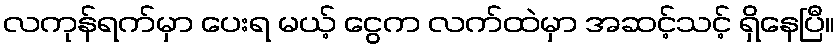
လကုန်ရက်မှာ ပေးရ မယ့် ငွေက လက်ထဲမှာ အဆင့်သင့် ရှိနေပြီ။